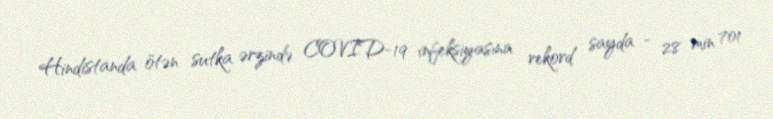
Hindistanda ötən sutka ərzində COVID-19 infeksiyasına rekord sayda - 28 min 701